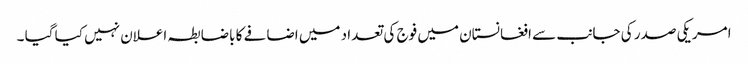
امریکی صدر کی جانب سے افغانستان میں فوج کی تعدا د میں اضافے کا باضابطہ اعلان نہیں کیا گیا ۔